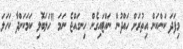
މިފަދަ ކަންކަން އިތުރަށް ހައްދުން ނައްޓައިގެން ހިނގައްޖެ ނަމަ "ހަލަބޮލި ކަމަކަށްދާ ކަހަލަ